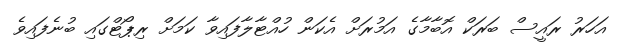
އަހަރު ރައީސް ބަރަކް އޮބާމާގެ އަމުރަށް އެކަން ހުއްޓާލާފައިވާ ކަމަށް ރިޕޯޓްގައި ބުނެފައިވެ